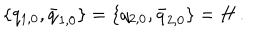
\{ q _ { 1 , 0 } , \bar { q } _ { 1 , 0 } \} = \{ q _ { 2 , 0 } , \bar { q } _ { 2 , 0 } \} = H \, .